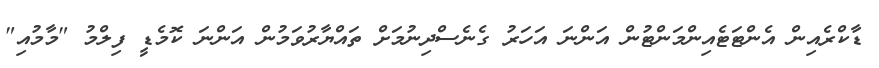
ޑާކްރެއިން އެންޓަޓެއިންމަންޓުން އަންނަ އަހަރު ގެނެސްދިނުމަށް ތައްޔާރުވަމުން އަންނަ ކޮމެޑީ ފިލްމު "މާމުއި"